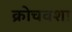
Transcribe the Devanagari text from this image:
क्रोचवशा